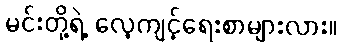
မင်းတို့ရဲ့ လေ့ကျင့်ရေးစာများလား။